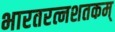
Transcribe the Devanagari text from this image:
भारतरत्नशतकम्